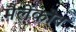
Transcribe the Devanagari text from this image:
मैलेंकोव